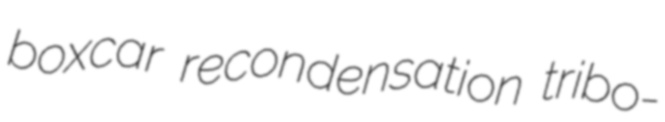
boxcar recondensation tribo-